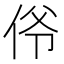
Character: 𫢜